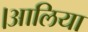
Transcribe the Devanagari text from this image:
।आलिया